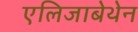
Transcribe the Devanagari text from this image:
एलिजाबेथेन